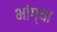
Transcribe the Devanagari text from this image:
भांग्या